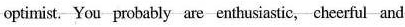
optimist, You probnbly ae enthsiastic, cheerful ard